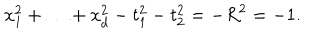
x _ { 1 } ^ { 2 } + \ldots + x _ { d } ^ { 2 } - t _ { 1 } ^ { 2 } - t _ { 2 } ^ { 2 } = - R ^ { 2 } = - 1 .